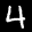
Label: 4